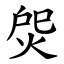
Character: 焈